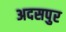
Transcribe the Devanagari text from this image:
अदसपुर